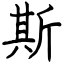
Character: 斯